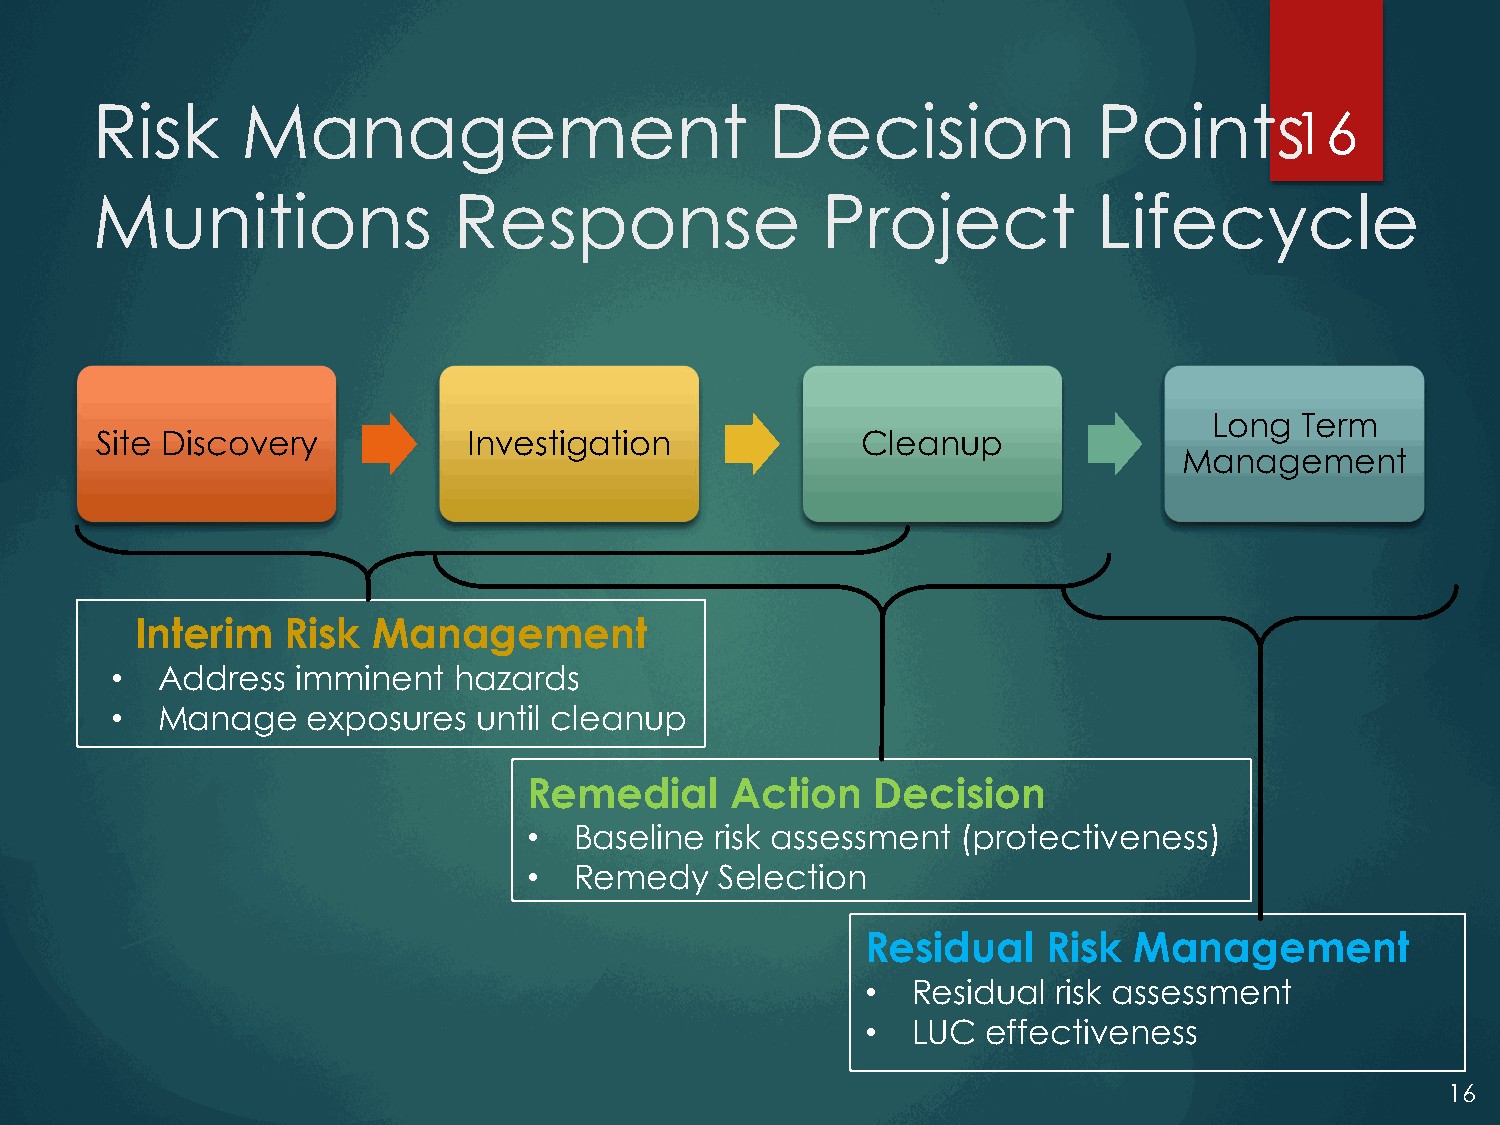
Risk      Management                         Decision              Points
 16
 Munitions               Response                Project            Lifecycle
 Long  Term
 Site Discovery           Investigation             Cleanup
 Management
 Interim   Risk  Management
 •  Address   imminent  hazards
 •  Manage    exposures   until cleanup
 Remedial     Action    Decision
 •  Baseline risk assessment  (protectiveness)
 •  Remedy    Selection
 Residual    Risk  Management
 •  Residual  risk assessment
 •  LUC  effectiveness
 16